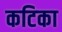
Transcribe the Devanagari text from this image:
कटिका